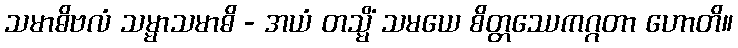
သမာဓိဗလံ သမ္မာသမာဓိ - အယံ တသ္မိံ သမယေ စိတ္တဿေကဂ္ဂတာ ဟောတိ။